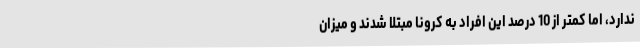
ندارد، اما کمتر از 10 درصد این افراد به کرونا مبتلا شدند و میزان